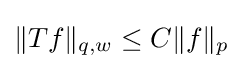
\|Tf\|_{q,w}\leq C\|f\|_{p}